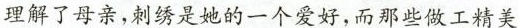
理解了母亲，刺绣是她的一个爱好，而那些做工精美